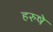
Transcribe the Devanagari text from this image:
हरुषे